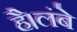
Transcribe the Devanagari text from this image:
है।लंबे